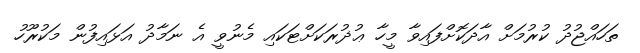
ތަހައްޖުދު ކުރުމަށް އާދަކޮށްފައިވާ މީހާ ޢުޛުރަކަށްޓަކައި މެނުވީ އެ ނަމާދު އަޅައިފުން މަކުރޫހު